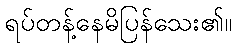
ရပ်တန့်နေမိပြန်သေး၏။